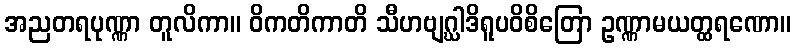
အညတရပုဏ္ဏာ တူလိကာ။ ဝိကတိကာတိ သီဟဗျဂ္ဃါဒိရူပဝိစိတြော ဥဏ္ဏာမယတ္ထရဏော။